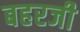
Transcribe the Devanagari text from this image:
बहरजी